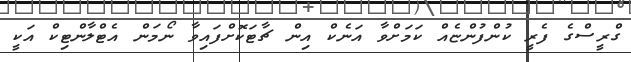
ގްރީސްގެ ފެރީ ކުންފުންޏެއް ކަމަށްވާ އަނެކް އިން ޗާޓަކޮށްފައިވާ ނޯމަން އެޓްލާންޓިކް އަކީ